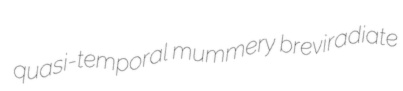
quasi-temporal mummery breviradiate